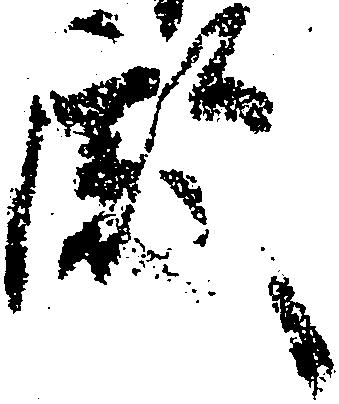
殿